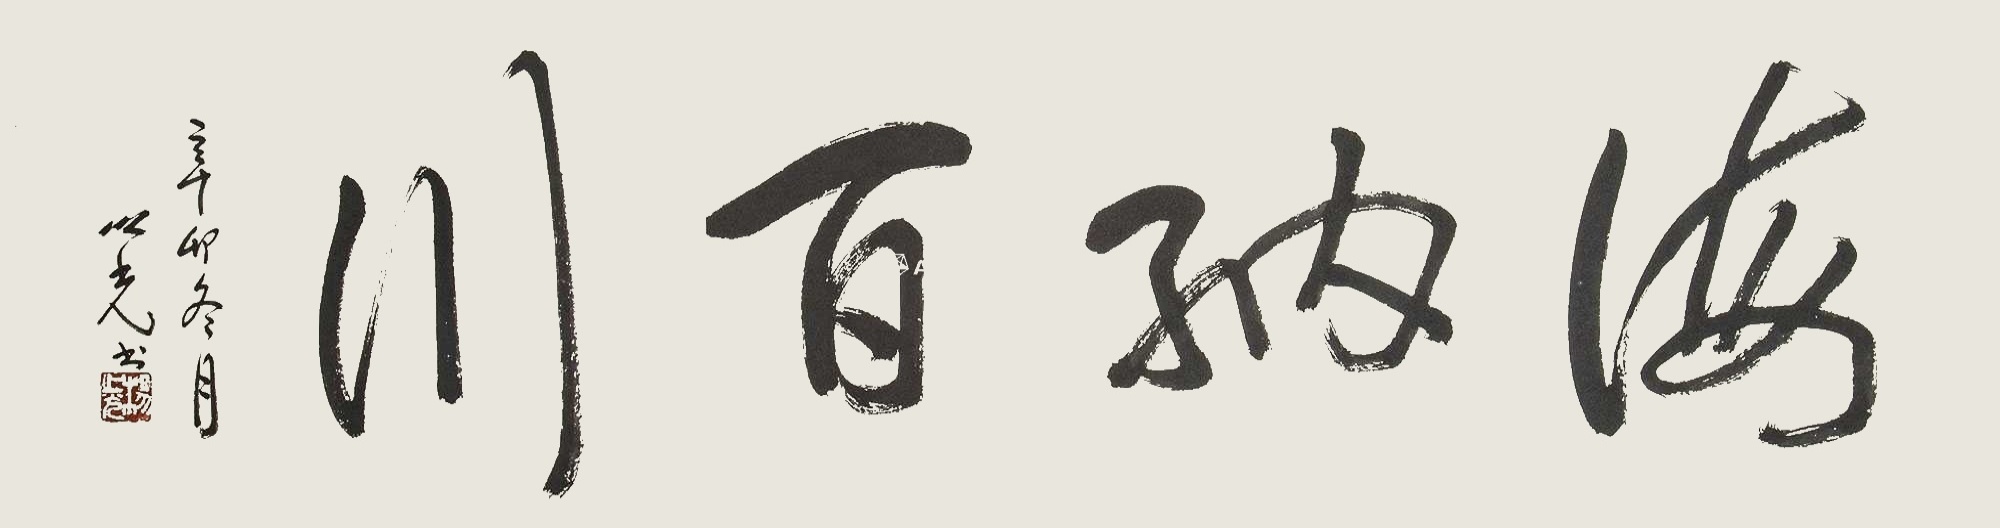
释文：海纳百川。辛卯冬月，之光书。